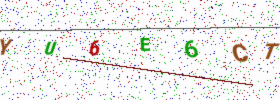
Text: YU6E6CT